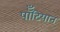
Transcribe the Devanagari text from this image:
पॉँटियान